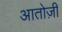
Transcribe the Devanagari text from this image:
आतोज़ी